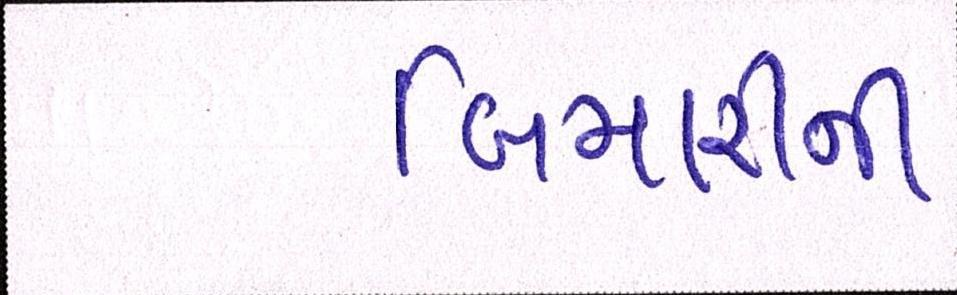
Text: બિમારીની